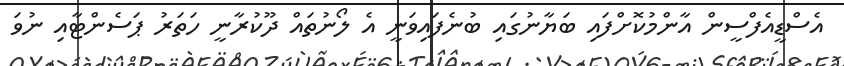
އެސްޑީއެފްސީން އާންމުކޮށްފައި ބަޔާނުގައި ބުނެފައިވަނީ އެ ލޯނުތައް ދޫކުރާނީ ހަތަރު ޕަސެންޓާއި ނުވަ